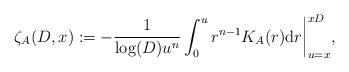
LaTeX: \begin{align*}\zeta_A(D,x) := - \frac{1}{\log(D) u^n} \int_0^{u} r^{n-1} K_A(r) \mathrm{d}r \biggr\rvert_{u=x}^{xD},\end{align*}